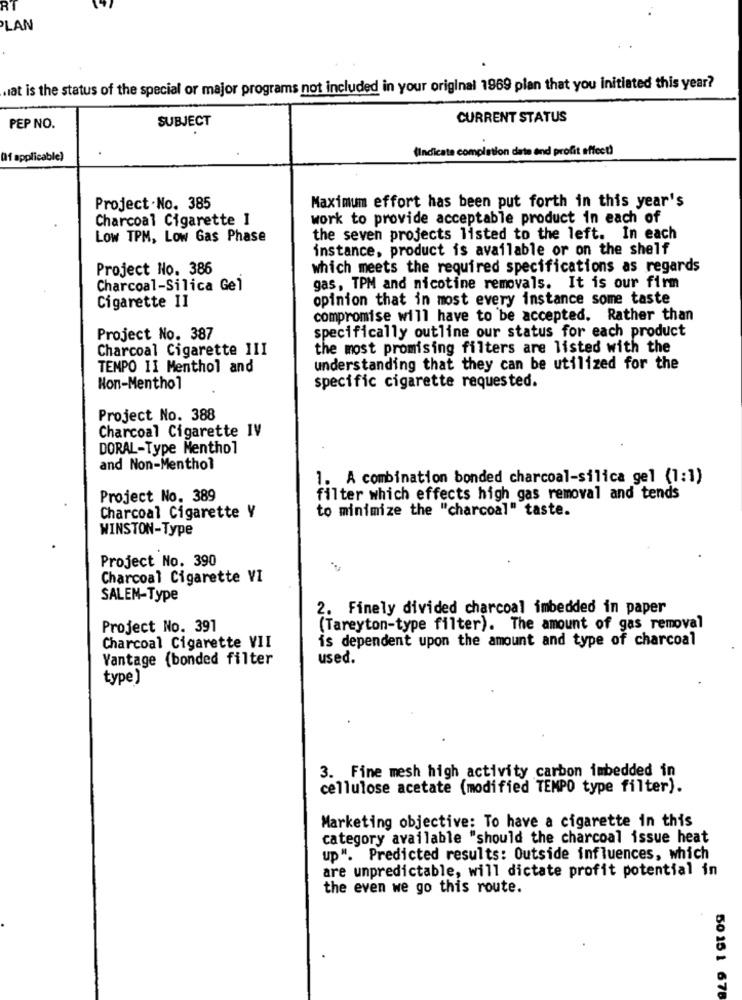
PLAN
wat is the status of the special or major programs not included in your original 1969 plan that you initiated this year?
SUBJECT
CURRENT STATUS
PEP NO.
(Indicate completion date and profit effect)
(1 applicable)
Maximum effort has been put forth in this year's
Project .No. 385
Charcoal Cigarette I
work to provide acceptable product in each of
Low TPM, Low Gas Phase
the seven projects listed to the left. In each
instance, product is available or on the shelf
Project No. 386
which meets the required specifications as regards
Charcoal-Silica Gel
gas, TPM and nicotine removals. It is our firm
Cigarette II
opinion that in most every instance some taste
compromise will have to be accepted. Rather than
specifically outline our status for each product
Project No. 387
Charcoal Cigarette III
the most promising filters are listed with the
TEMPO II Menthol and
understanding that they can be utilized for the
Non-Menthol
specific cigarette requested.
Project No. 388
Charcoal Cigarette IV
DORAL-Type Menthol
and Non-Menthol
1. A combination bonded charcoal-silica gel (1:1)
Project No. 389
filter which effects high gas removal and tends
to minimize the "charcoal" taste.
Charcoal Cigarette Y
WINSTON-Type
Project No. 390
Charcoal Cigarette VI
SALEM-Type
2. Finely divided charcoal imbedded in paper
Project No. 391
(Tareyton-type filter). The amount of gas removal
is dependent upon the amount and type of charcoal
Charcoal Cigarette VII
Vantage (bonded filter
used.
type)
3. Fine mesh high activity carbon imbedded in
cellulose acetate (modified TEMPO type filter).
Marketing objective: To have a cigarette in this
category available "should the charcoal issue heat
up". Predicted results: Outside influences, which
are unpredictable, will dictate profit potential in
the even we go this route.
50 15 1 678